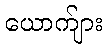
ယောက်ျား